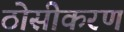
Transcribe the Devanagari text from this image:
ठोसीकरण